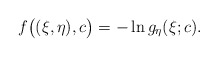
\begin{align*}f\big((\xi,\eta),c\big) = -\ln g_\eta(\xi;c).\end{align*}